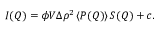
I ( Q ) = \phi V \Delta \rho ^ { 2 } \left< P ( Q ) \right> S ( Q ) + c .